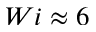
W i \approx 6